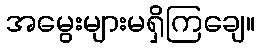
အမွေးများမရှိကြချေ။